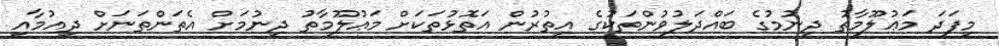
މިފަދަ މަޢުލޫމާތު ދިނުމުގެ ބައްދަލުވުންތަކުގެ އިތުރުން އަތޮޅުތަކަށް މަޢުލޫމާތު ދިނުމަށް އެތަންތަނަށް ދިއުމާއި